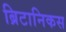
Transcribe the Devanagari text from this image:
ब्रिटानिकस